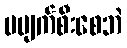
မပျက်စီးစေဘဲ